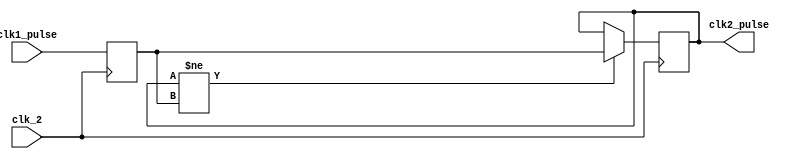
module pulse_transfer_clk_domain(clk2_pulse, clk1_pulse, clk_2);
    input clk1_pulse, clk_2;
    output clk2_pulse;
    
    wire clk1_pulse, clk_2;
    reg clk2_pulse = 1'b0;
    
  	reg pulse = 1'b0;
  
    always @(posedge clk_2) begin
        pulse <= clk1_pulse;
        if(clk2_pulse != pulse) begin
            clk2_pulse <= pulse;
        end
    end
endmodule